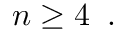
n \geq 4 \; \; .